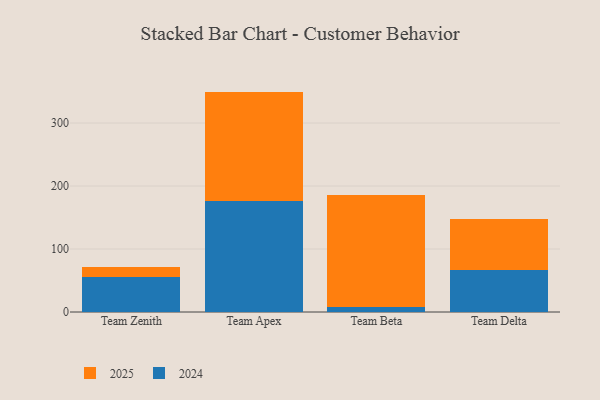
{"axis": {"x": "Team", "y": "Active Users"}, "legend": ["2024", "2025"], "data": [{"x": "Team Zenith", "y": 55.6, "type": "2024"}, {"x": "Team Zenith", "y": 16.5, "type": "2025"}, {"x": "Team Apex", "y": 175.6, "type": "2024"}, {"x": "Team Apex", "y": 174.3, "type": "2025"}, {"x": "Team Beta", "y": 8.2, "type": "2024"}, {"x": "Team Beta", "y": 177.1, "type": "2025"}, {"x": "Team Delta", "y": 67.1, "type": "2024"}, {"x": "Team Delta", "y": 81.2, "type": "2025"}]}